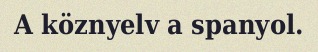
A köznyelv a spanyol.